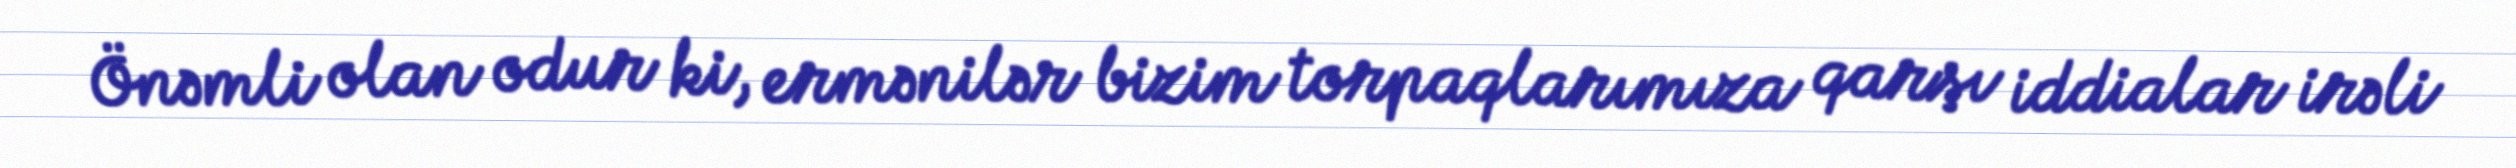
Önəmli olan odur ki, ermənilər bizim torpaqlarımıza qarşı iddialar irəli